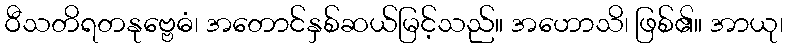
ဝီသတိရတနုဗ္ဗေဓံ၊ အတောင်နှစ်ဆယ်မြင့်သည်။ အဟောသိ၊ ဖြစ်၏။ အာယု၊